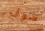
سوف